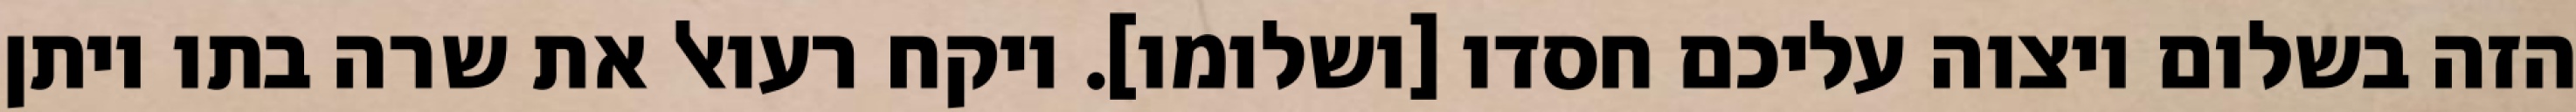
הזה בשלום ויצוה עליכם חסדו [ושלומו]. ויקח רעואל את שרה בתו ויתן